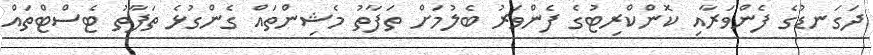
ދަގަނޑުގެ ފެންވަރާއި ކޮންކްރިޓުގެ ފެންވަރު ބެލުމަށް ތަފާތު މެޝިންތައް ގެންގުޅެ ތަފާތު ޓެސްޓްތައް